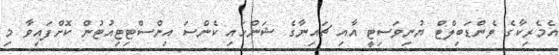
އެމެރިކާގެ ވެންޑަބިލްޓް ޔުނިވަސިޓީ އާއި ޗައިނާގެ ޝަންހައި ކެންސަ އިންސްޓިޓިއުޓުން ކޮށްފައިވާ މި